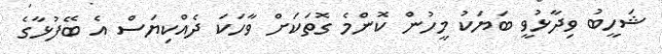
ޝަހީބު ވިދާޅުވީ ބަޔަކު މީހުން ކޮންމެ ގޮތަކަށް ވާހަކަ ދެއްކިޔަސް އެ ބޭފުޅާގެ